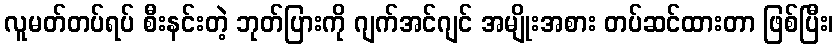
လူမတ်တပ်ရပ် စီးနင်းတဲ့ ဘုတ်ပြားကို ဂျက်အင်ဂျင် အမျိုးအစား တပ်ဆင်ထားတာ ဖြစ်ပြီး၊